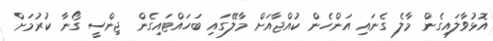
އޮޅުވާލައިގެން މާލެ ގެނައި އަަންހެން ކުއްޖާއަށް މާލޭގައި ބަހައްޓައިގެން ޖިންސީ ގޯނާ ކުރުމަށް